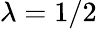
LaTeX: \lambda=1/2